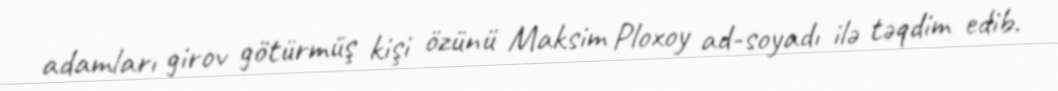
adamları girov götürmüş kişi özünü Maksim Ploxoy ad-soyadı ilə təqdim edib.